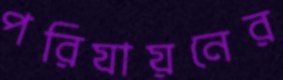
পরিযায়নের